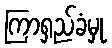
ကြာရှည်ခံမှု